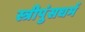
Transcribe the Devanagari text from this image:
स्त्रीपुंसधर्म